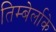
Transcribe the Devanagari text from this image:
तिम्बेर्लाके